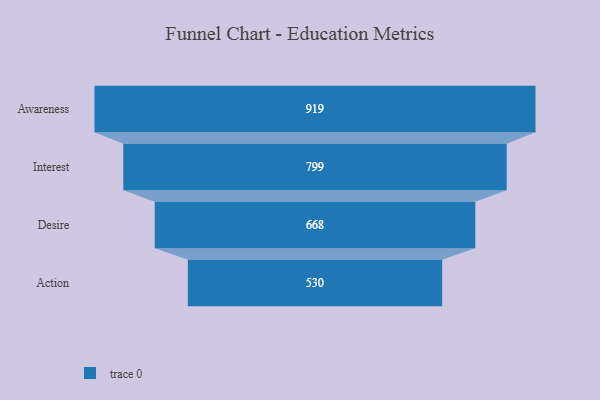
{"axis": {"x": "Stage", "y": "Value"}, "legend": [""], "data": [{"x": "Awareness", "y": 919.0, "type": ""}, {"x": "Interest", "y": 799.0, "type": ""}, {"x": "Desire", "y": 668.0, "type": ""}, {"x": "Action", "y": 530.0, "type": ""}]}